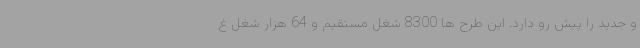
و جدید را پیش رو دارد. این طرح ها 8300 شغل مستقیم و 64 هزار شغل غ